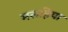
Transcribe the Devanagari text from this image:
मलहिया